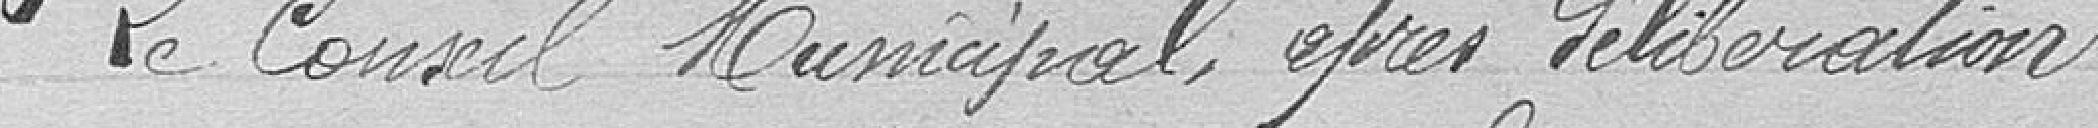
Le Conseil Municipal, après délibération